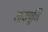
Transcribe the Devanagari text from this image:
शाकपूणि